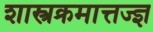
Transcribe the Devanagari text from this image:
शास्त्रक्रमात्तज्ज्ञ